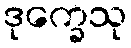
ဒုက္ခေသု